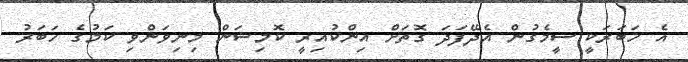
އެ ޚަބަރަކީ ސީމެގުން އެދޭފަދަ ގޮތަށް އިންކުއިރީ ކޮމިޝަން މިނިވަންވި ކަމުގެ ޚަބަރު